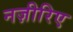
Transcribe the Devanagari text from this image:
नज़ीरिए